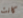
كانت